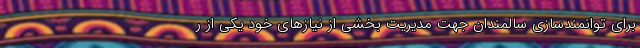
برای توانمندسازی سالمندان جهت مدیریت بخشی از نیازهای خود یکی از ر